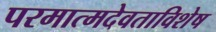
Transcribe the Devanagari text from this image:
परमात्मदेवताविशेष